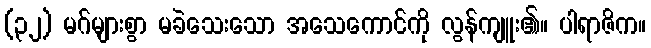
(၃၂) မဂ်များစွာ မခဲသေးသော အသေကောင်ကို လွန်ကျူး၏။ ပါရာဇိက။